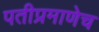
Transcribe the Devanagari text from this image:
पतीप्रमाणेच